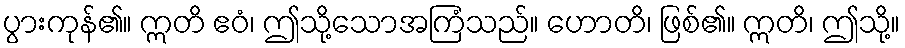
ပွားကုန်၏။ ဣတိ ဧဝံ၊ ဤသို့သောအကြံသည်။ ဟောတိ၊ ဖြစ်၏။ ဣတိ၊ ဤသို့။